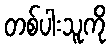
တစ်ပါးသူကို